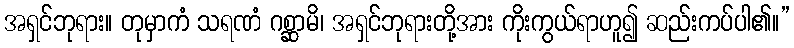
အရှင်ဘုရား။ တုမှာကံ သရဏံ ဂစ္ဆာမိ၊ အရှင်ဘုရားတို့အား ကိုးကွယ်ရာဟူ၍ ဆည်းကပ်ပါ၏။”